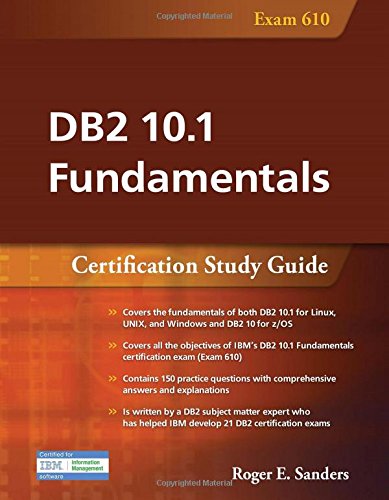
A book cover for DB2 10.1 Fundamentals: Certification Study Guide; Roger E. Sanders; Computers & Technology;